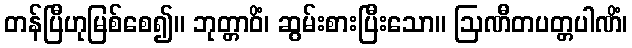
တန်ပြီဟုမြစ်စေ၍။ ဘုတ္တာဝိံ၊ ဆွမ်းစားပြီးသော။ ဩဏီတပတ္တပါဏိံ၊